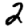
Digit: 2